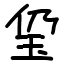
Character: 㺱